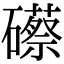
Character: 礤